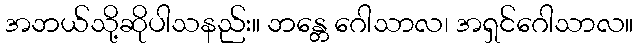
အဘယ်သို့ဆိုပါသနည်း။ ဘန္တေ ဂေါသာလ၊ အရှင်ဂေါသာလ။